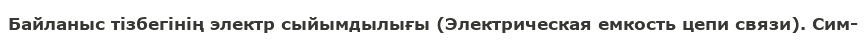
Байланыс тізбегінің электр сыйымдылығы (Электрическая емкость цепи связи). Сим-